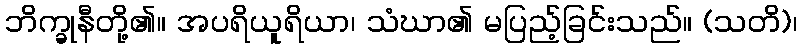
ဘိက္ခုနီတို့၏။ အပရိယူရိယာ၊ သံဃာ၏ မပြည့်ခြင်းသည်။ (သတိ)၊